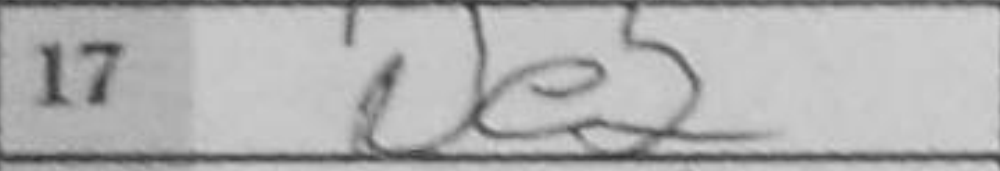
Transcription: Ne2